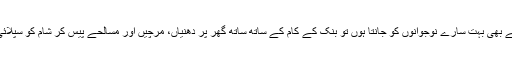
تاہم میں ایسے بھی بہت سارے نوجوانوں کو جانتا ہوں تو بنک کے کام کے ساتھ ساتھ گھر پر دھنیاں، مرچیں اور مسالحے پیس کر شام کو سپلائی کرتے ہیں۔